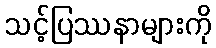
သင့်ပြဿနာများကို